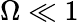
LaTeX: \Omega\ll 1